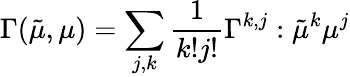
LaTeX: {}\Gamma(\tilde{\mu},\mu)=\sum_{j,k}\frac{1}{k!j!}\Gamma^{k,j}:\tilde{\mu}^{k}\mu^{j}